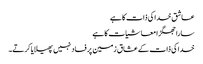
عاشق خدا کی ذات کا ہے
سارا جھگڑا معاشیات کا ہے
خدا کی ذات کے عشاق زمین پر فساد نہیں پھیلایا کرتے۔